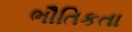
ભૌતિકતા